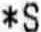
*S